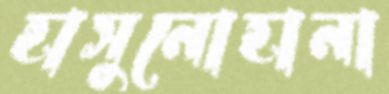
হাসুনোহানা